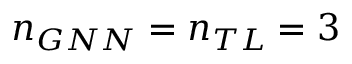
n _ { G N N } = n _ { T L } = 3